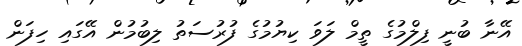
އޭނާ ބުނީ ފިލްމުގެ ތީމް ލަވަ ކިޔުމުގެ ފުރުސަތު ލިބުމުން އޭގައި ހިފަން